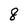
Character: 8